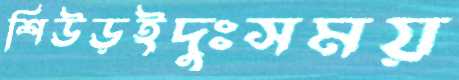
শিউড়ইদুঃসময়